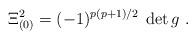
LaTeX: \begin{align*}\Xi_{(0)}^2= (-1)^{p(p+1)/2}\; \det g\ .\end{align*}